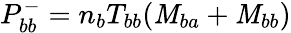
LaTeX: P_{bb}^{-}=n_{b}T_{bb}(\mathit{M}_{ba}+\mathit{M}_{bb})